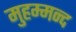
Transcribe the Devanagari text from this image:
मुहम्मन्द